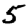
Digit: 5